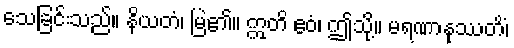
သေခြင်းသည်။ နိယတံ၊ မြဲ၏။ ဣတိ ဧဝံ၊ ဤသို့။ မရဏာနုဿတိံ၊